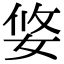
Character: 㛜